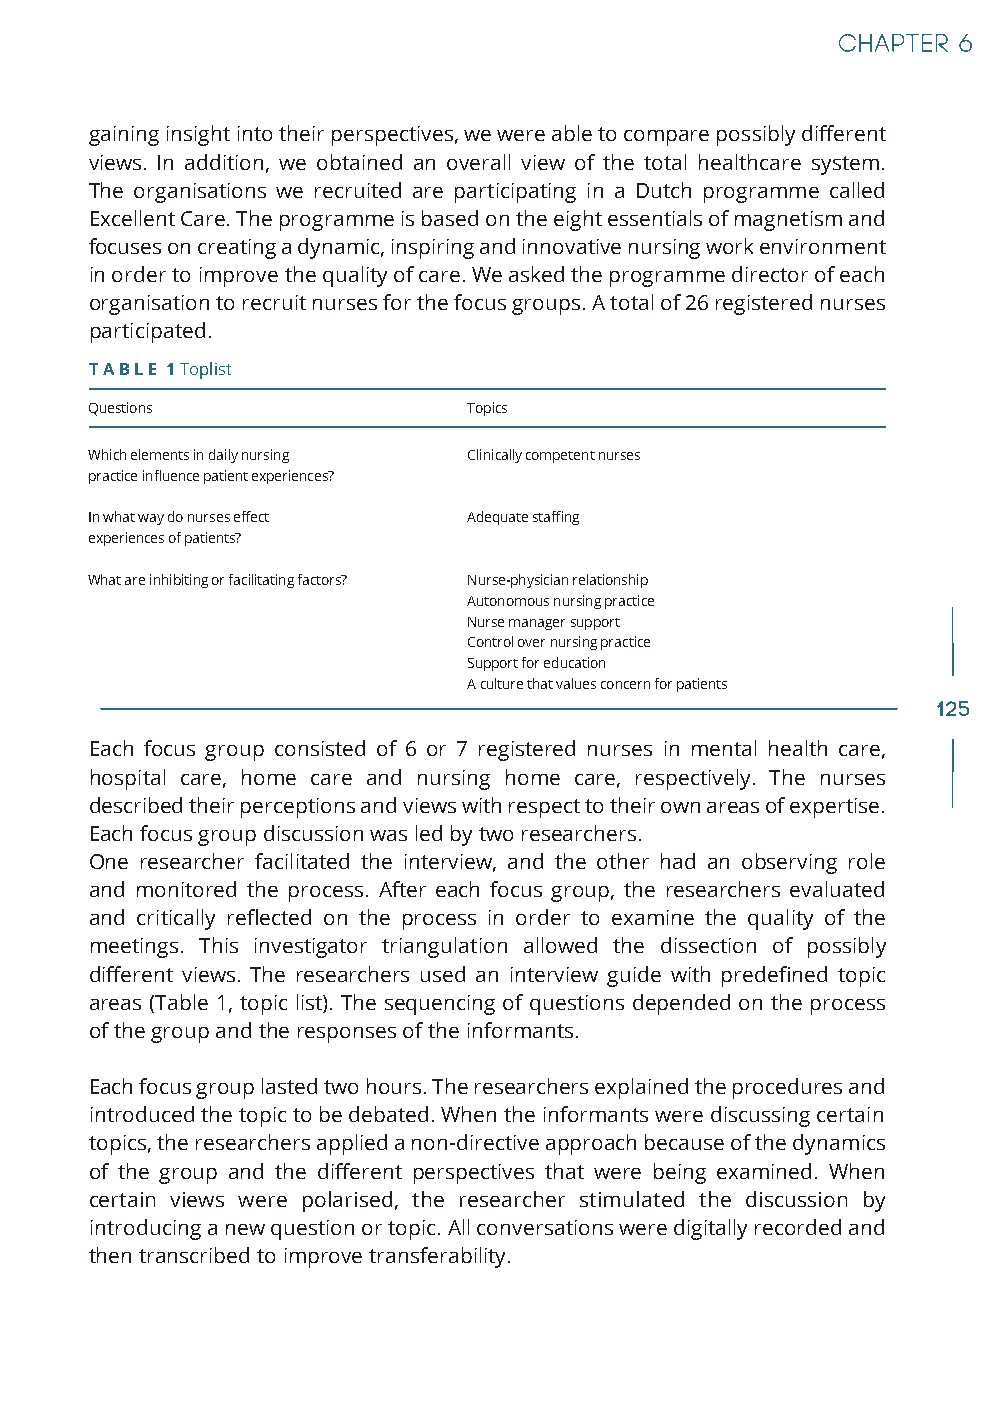
gaining insight into their perspectives, we were able to compare possibly different
 views. In addition, we obtained an overall view of the total healthcare system.
 The organisations we recruited are participating in a Dutch programme called
 Excellent Care. The programme is based on the eight essentials of magnetism and
 focuses on creating a dynamic, inspiring and innovative nursing work environment
 in order to improve the quality of care. We asked the programme director of each
 organisation to recruit nurses for the focus groups. A total of 26 registered nurses
 participated.
 T A B L E 1 Toplist
 Questions                Topics
 Which elements in daily nursing Clinically competent nurses
 practice influence patient experiences?
 In what way do nurses effect Adequate staffing
 experiences of patients?
 What are inhibiting or facilitating factors? Nurse-physician relationship
 Autonomous nursing practice
 Nurse manager support
 Control over nursing practice
 Support for education
 A culture that values concern for patients
 125
 Each focus group consisted of 6 or 7 registered nurses in mental health care,
 hospital care, home care and nursing home care, respectively. The nurses
 described their perceptions and views with respect to their own areas of expertise.
 Each focus group discussion was led by two researchers.
 One researcher facilitated the interview, and the other had an observing role
 and monitored the process. After each focus group, the researchers evaluated
 and critically reflected on the process in order to examine the quality of the
 meetings. This investigator triangulation allowed the dissection of possibly
 different views. The researchers used an interview guide with predefined topic
 areas (Table 1, topic list). The sequencing of questions depended on the process
 of the group and the responses of the informants.
 Each focus group lasted two hours. The researchers explained the procedures and
 introduced the topic to be debated. When the informants were discussing certain
 topics, the researchers applied a non-directive approach because of the dynamics
 of the group and the different perspectives that were being examined. When
 certain views were polarised, the researcher stimulated the discussion by
 introducing a new question or topic. All conversations were digitally recorded and
 then transcribed to improve transferability.